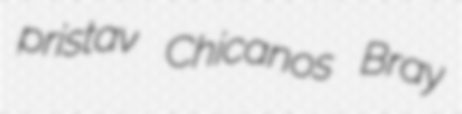
pristav Chicanos Bray